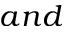
a n d